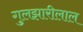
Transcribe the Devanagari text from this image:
गुलझारीलाल